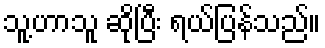
သူ့ဟာသူ ဆိုပြီး ရယ်ပြန်သည်။